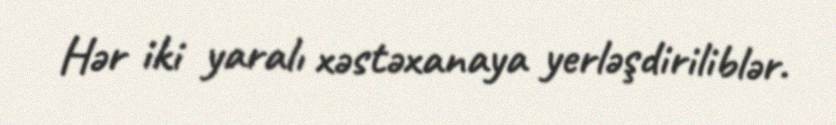
Hər iki yaralı xəstəxanaya yerləşdiriliblər.